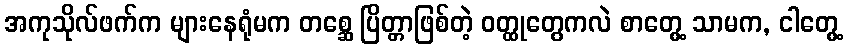
အကုသိုလ်ဖက်က များနေရုံမက တစ္ဆေ ပြိတ္တာဖြစ်တဲ့ ဝတ္ထုတွေကလဲ စာတွေ့ သာမက, ငါတွေ့